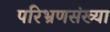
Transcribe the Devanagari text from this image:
परिभ्रणसंख्या